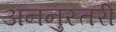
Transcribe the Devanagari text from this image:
अननुस्तरी